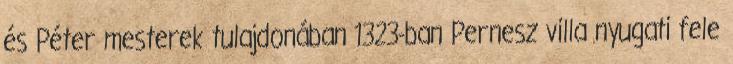
és Péter mesterek tulajdonában 1323-ban Pernesz villa nyugati fele